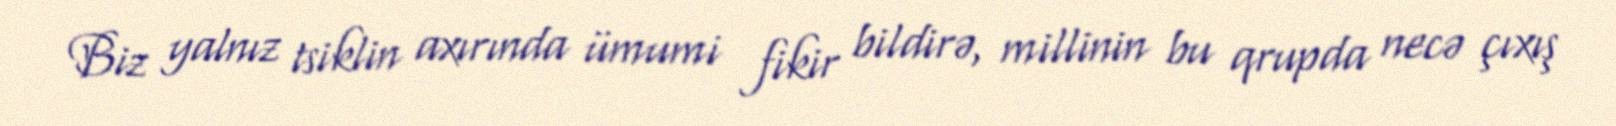
Biz yalnız tsiklin axırında ümumi fikir bildirə, millinin bu qrupda necə çıxış